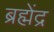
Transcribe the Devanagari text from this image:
ब्रह्मेंद्र